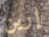
إرين